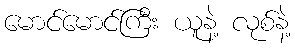
မောင်မောင်ကြီး ယူနဲ့ လုစ်နဲ့